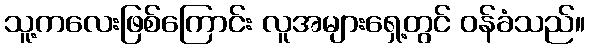
သူ့ကလေးဖြစ်ကြောင်း လူအများရှေ့တွင် ဝန်ခံသည်။